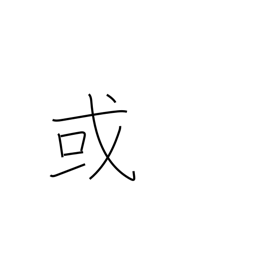
Meaning: a certain